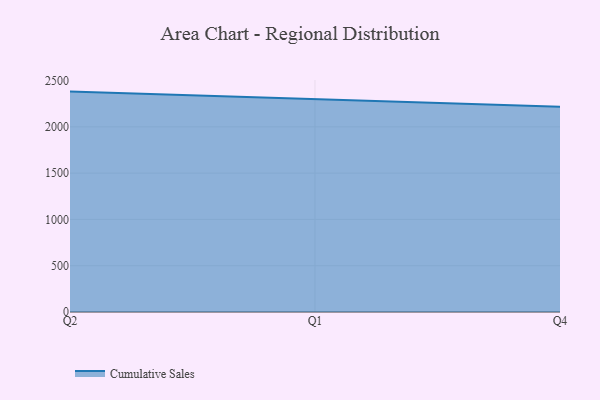
{"axis": {"x": "Quarter", "y": "Tickets Resolved"}, "legend": ["Cumulative Sales"], "data": [{"x": "Q2", "y": 2380.4, "type": "Cumulative Sales"}, {"x": "Q1", "y": 2300.0, "type": "Cumulative Sales"}, {"x": "Q4", "y": 2217.4, "type": "Cumulative Sales"}]}